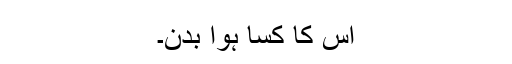
اس کا کسا ہوا بدن۔